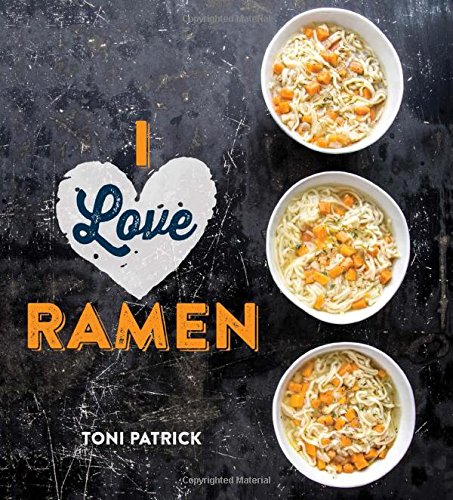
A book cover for I Love Ramen; Toni Patrick; Cookbooks, Food & Wine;